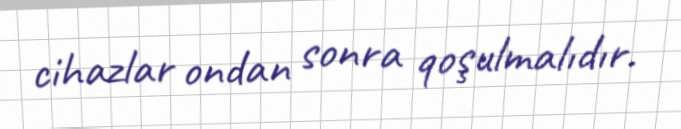
cihazlar ondan sonra qoşulmalıdır.